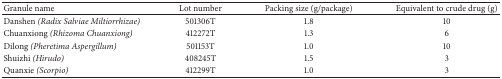
<table><thead><tr><td><b>Granule name</b></td><td><b>Lot number</b></td><td><b>Packing size (g/package)</b></td><td><b>Equivalent to crude drug (g)</b></td></tr></thead><tbody><tr><td>Danshen <i>(Radix Salviae Miltiorrhizae)</i></td><td>501306T</td><td>1.8</td><td>10</td></tr><tr><td>Chuanxiong <i>(Rhizoma Chuanxiong)</i></td><td>412272T</td><td>1.3</td><td>6</td></tr><tr><td>Dilong <i>(Pheretima Aspergillum)</i></td><td>501153T</td><td>1.0</td><td>10</td></tr><tr><td>Shuizhi <i>(Hirudo)</i></td><td>408245T</td><td>1.5</td><td>3</td></tr><tr><td>Quanxie <i>(Scorpio)</i></td><td>412299T</td><td>1.0</td><td>3</td></tr></tbody></table>